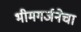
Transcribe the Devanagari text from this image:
भीमगर्जनेचा